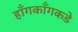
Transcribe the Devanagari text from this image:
हाँगकाँगकडे